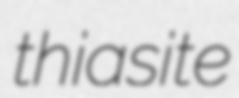
thiasite